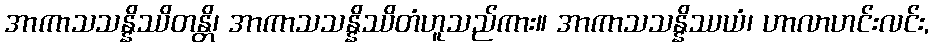
အာကာသသန္နိဿိတန္တိ၊ အာကာသသန္နိဿိတံဟူသည်ကား။ အာကာသသန္နိဿယံ၊ ဟာလာဟင်းလင်း,